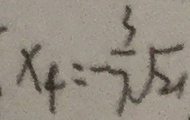
x _ { 4 } = - \frac { 3 } { 7 } \sqrt { 2 1 }